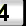
Digit: 4